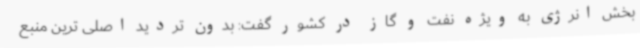
بخش انرژی به ویژه نفت و گاز در کشور گفت: بدون تردید اصلی ترین منبع